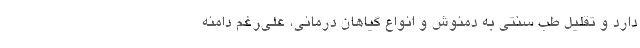
دارد و تقلیل طب سنتی به دمنوش و انواع گیاهان درمانی، علی‌رغم دامنه